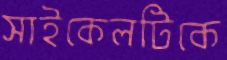
সাইকেলটিকে